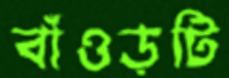
বাঁওড়টি